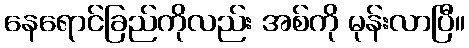
နေရောင်ခြည်ကိုလည်း အစ်ကို မုန်းလာပြီ။